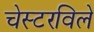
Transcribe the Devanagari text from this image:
चेस्टरविले